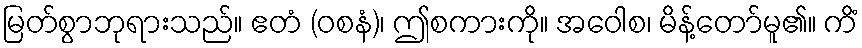
မြတ်စွာဘုရားသည်။ ဧတံ (ဝစနံ)၊ ဤစကားကို။ အဝေါစ၊ မိန့်တော်မူ၏။ ကိံ